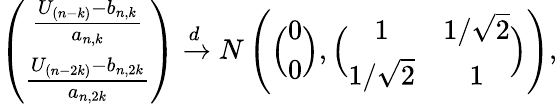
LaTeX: \left(\begin{array}{c}{\frac{U_{(n-k)}-b_{n,k}}{a_{n,k}}}\\ {\frac{U_{(n-2k)}-b_{n,2k}}{a_{n,2k}}}\end{array}\right)\xrightarrow{d}N\left(\Big(\begin{array}{c}{0}\\ {0}\end{array}\Big),\Big(\begin{array}{cc}{1}&{1/\sqrt{2}}\\ {1/\sqrt{2}}&{1}\end{array}\Big)\right),